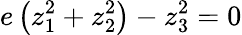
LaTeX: e\left(z_{1}^{2}+z_{2}^{2}\right)-z_{3}^{2}=0